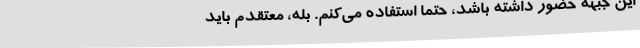
این جبهه حضور داشته باشد، حتماً استفاده می‌کنم. بله، معتقدم باید